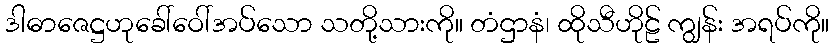
ဒါဓာဇေဋ္ဌဟုခေါ်ဝေါ်အပ်သော သတို့သားကို။ တံဌာနံ၊ ထိုသီဟိုဠ် ကျွန်း အရပ်ကို။